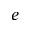
e